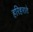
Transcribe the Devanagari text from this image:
हरिहराते